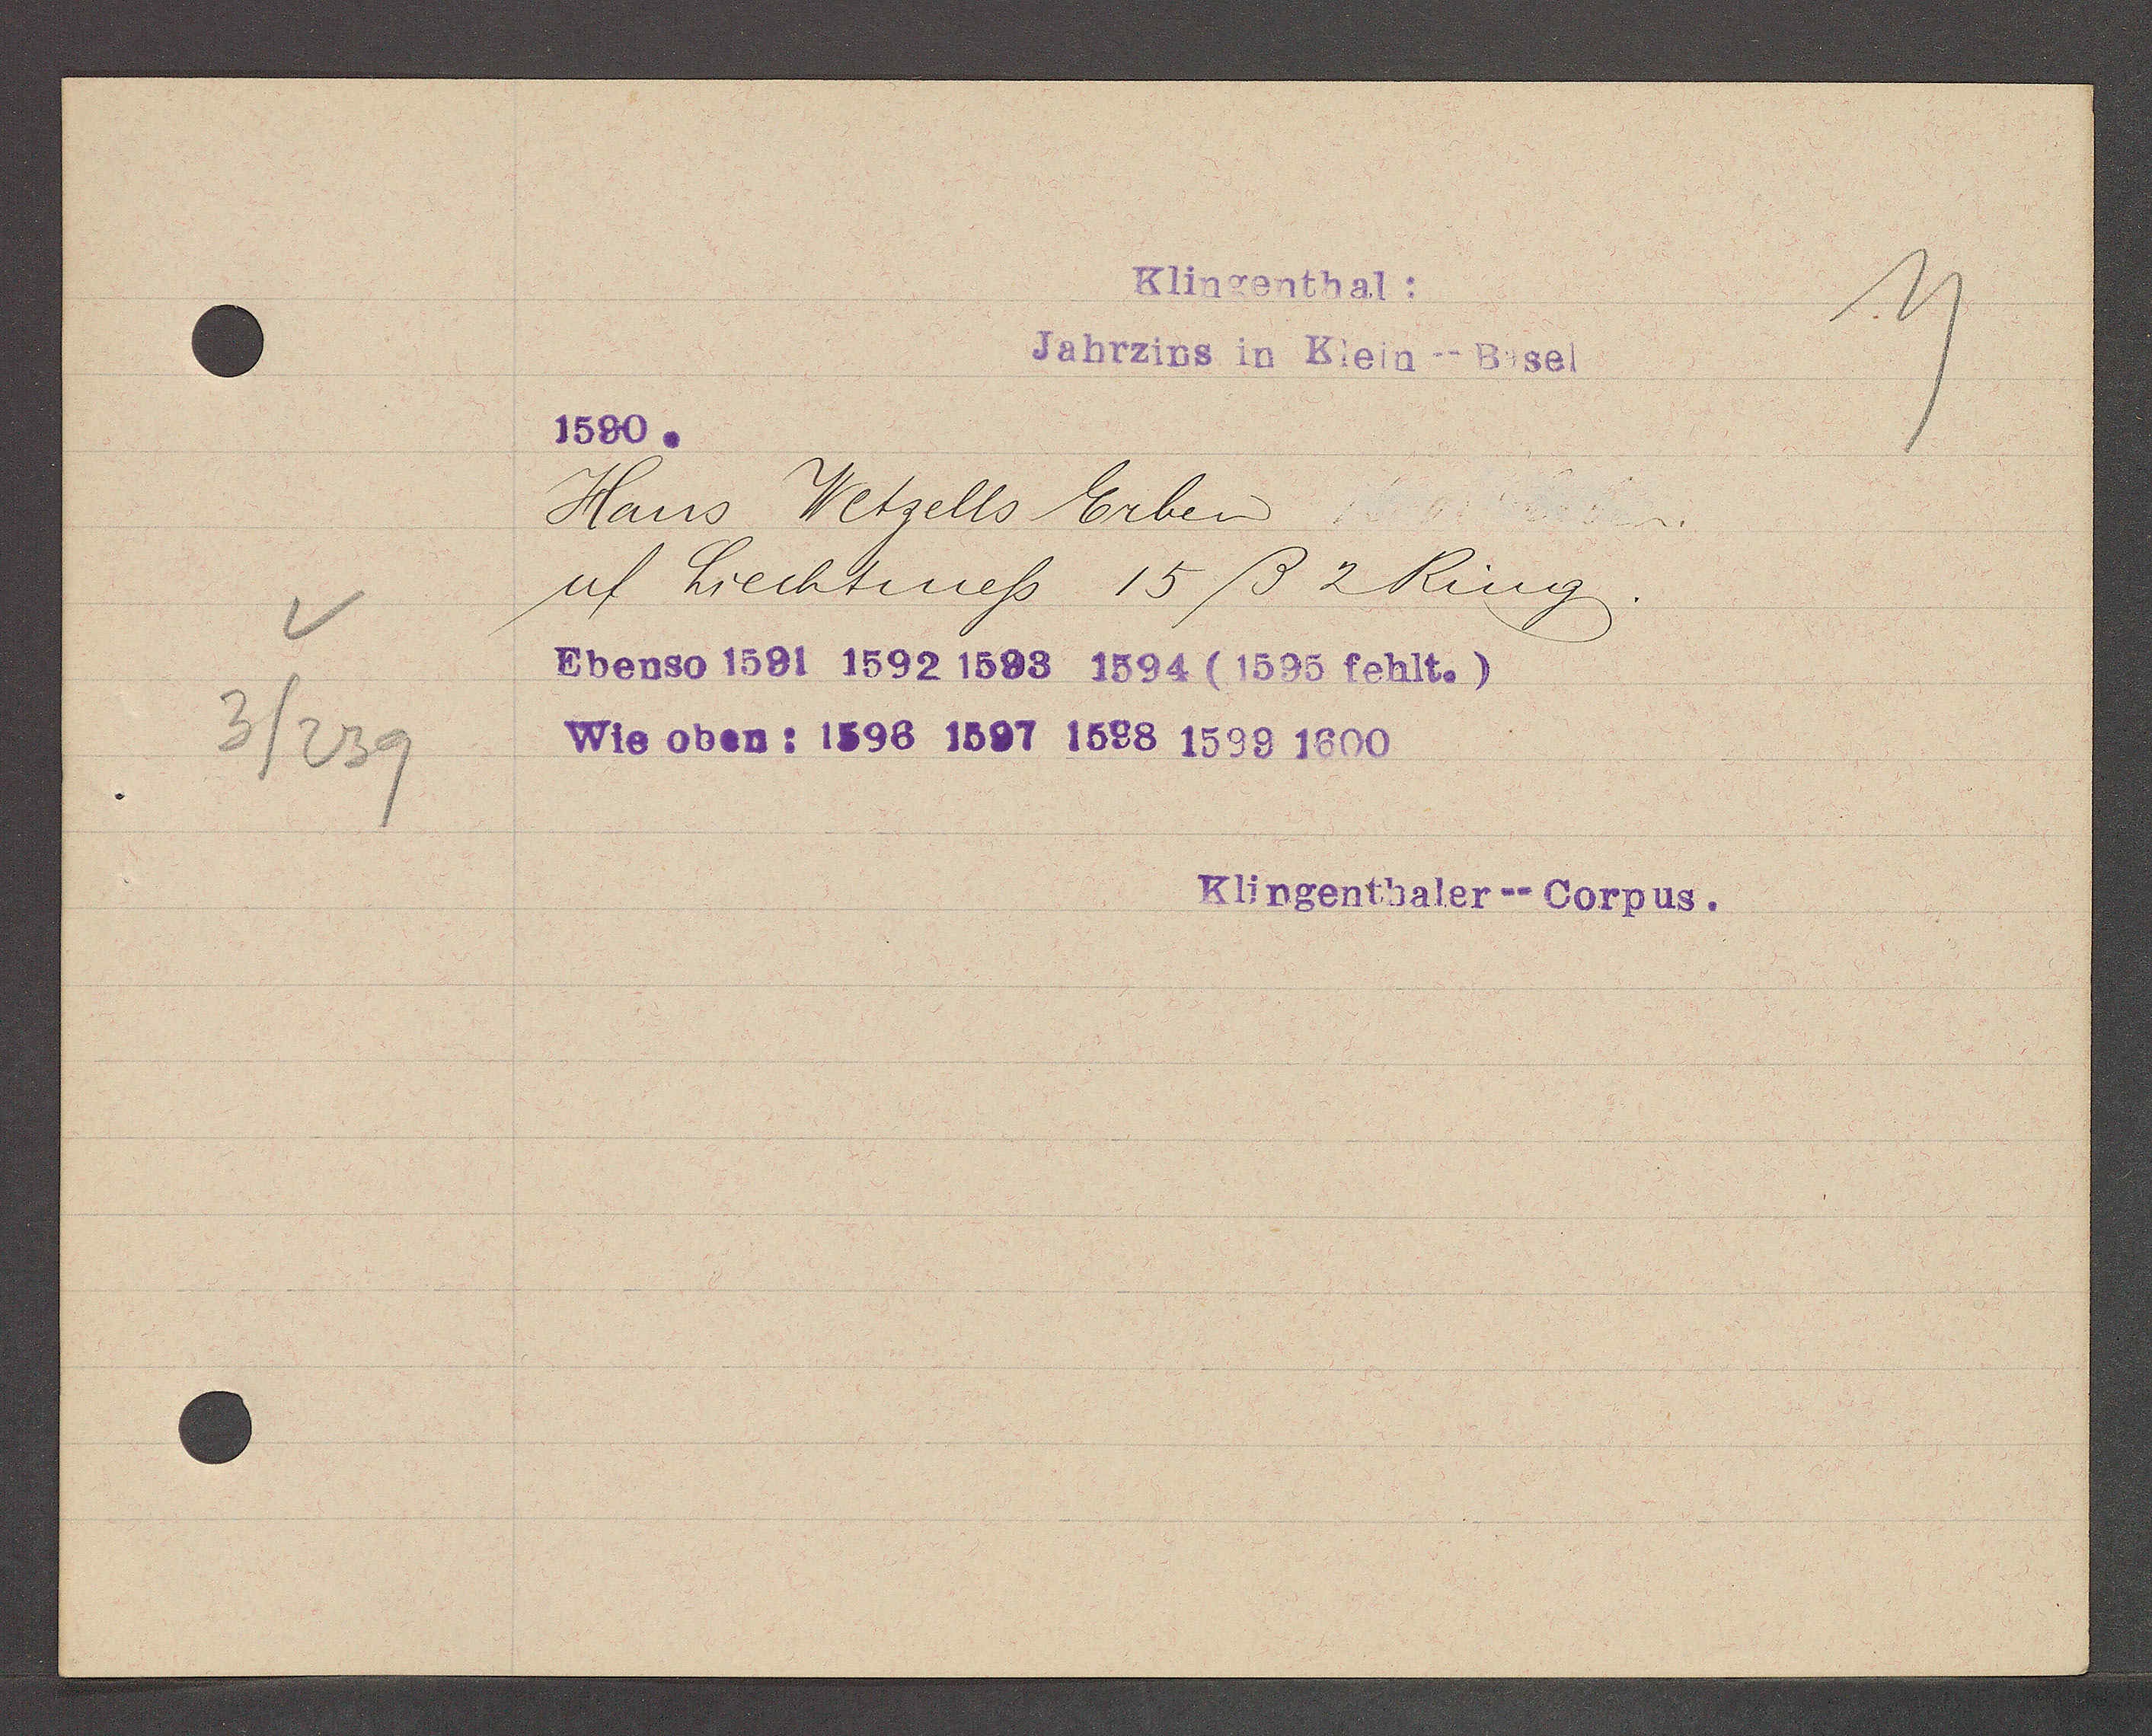
Transcript:
3/239

Klingenthal:
Jahrzins in Klein--Basel

1590.
Hans Wetzells Erben
uf Liechtmess 15ß 2 Ring.
Ebenso 1591 1592 1593 1594 (1595 fehlt.)
Wie oben: 1596 1597 1598 1599 1600

Klingenthaler--Corpus.